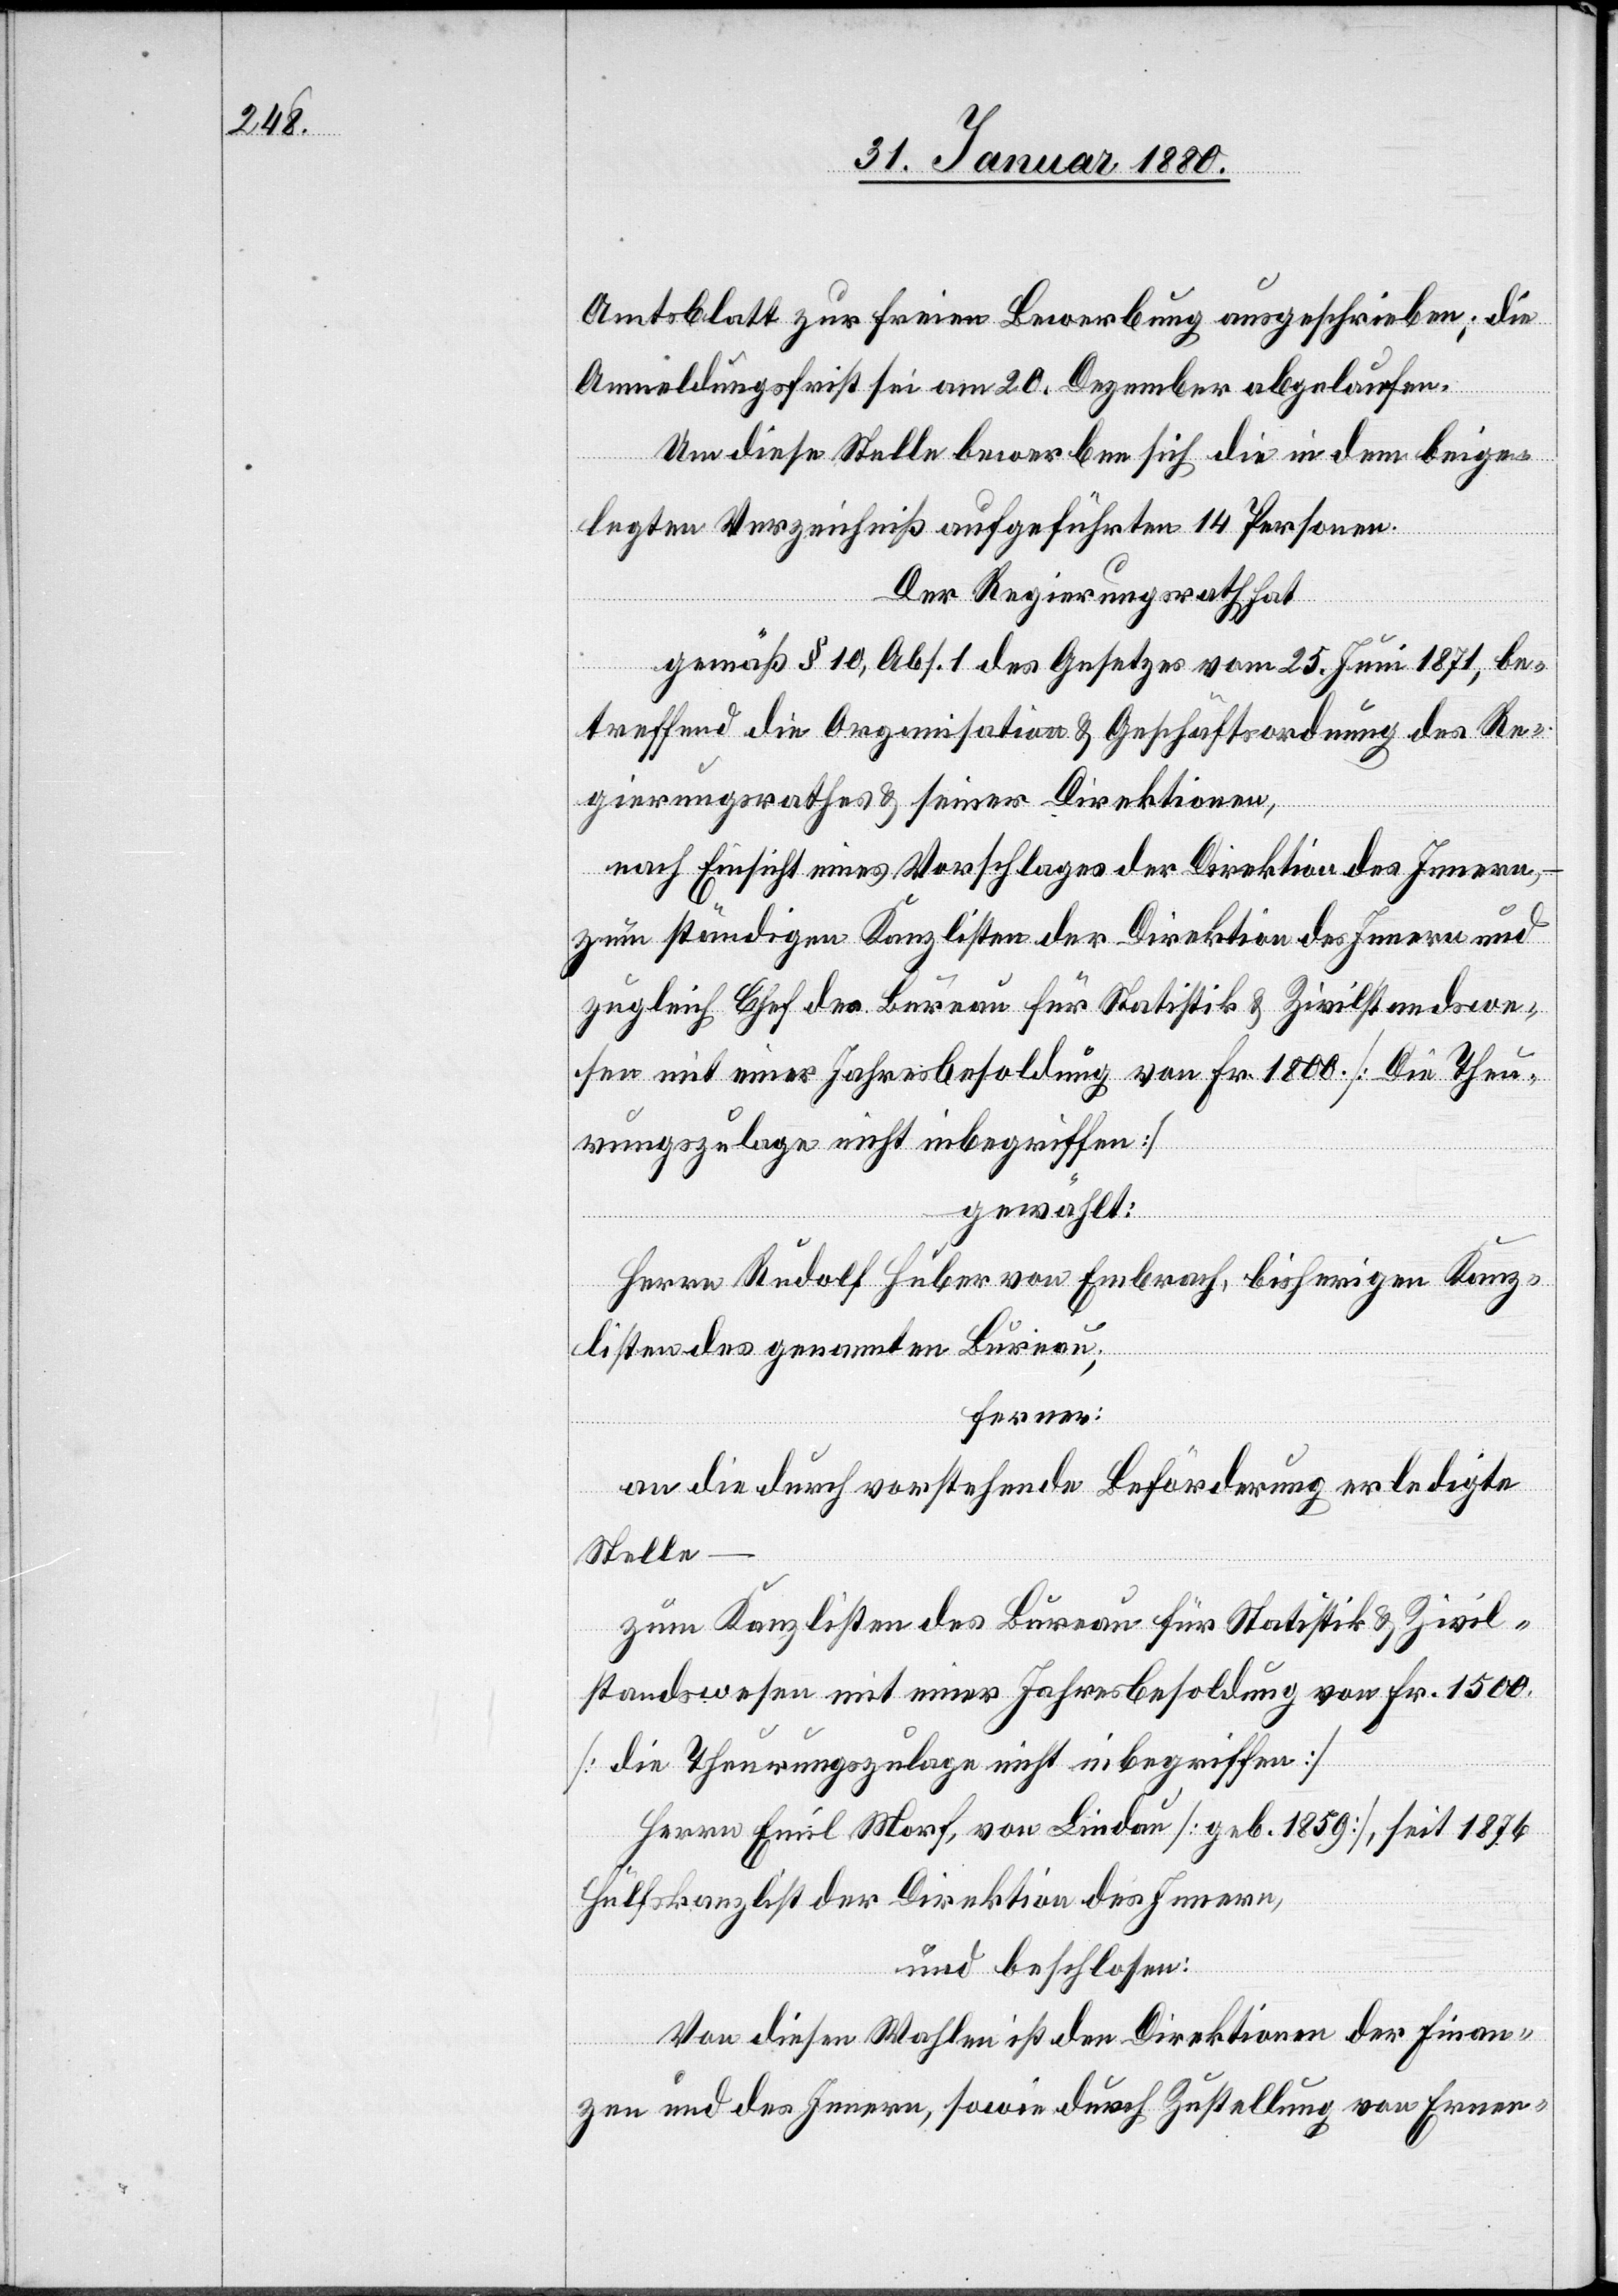
Amtsblatt zur freien Bewerbung ausgeschrieben; die
Anmeldungsrist sei am 20. Dezember abgelaufen.
Um diese Stelle bewerben sich die in dem beige¬
legten Verzeichniß aufgeführten 14 Personen.
Der Regierungsrath hat,
gemäß § 10, Abs. 1 des Gesetzes vom 25. Juni 1871, be¬
treffend die Organisation & Geschäftsordnung des Re¬
gierungsrathes & seiner Direktionen,
nach Einsicht eines Vorschlages der Direktion des Innern,
zum ständigen Kanzlisten der Direktion des Innern und
zugleich Chef des Bureau für Statistik & Zivilstandswe¬
sen mit einer Jahresbesoldung von Fr. 1800. [Die Theu¬
rungszulage nicht inbegriffen]
gewählt:
Herrn Rudolf Huber von Embrach, bisherigen Kanz¬
listen des genannten Bureau,
ferner:
an die durch vorstehende Beförderung erledigte
Stelle
zum Kanzlisten des Bureau für Statistik & Zivil¬
standswesen mit einer Jahresbesoldung von Fr. 1500.
[die Theurungszulage nicht inbegriffen]
Herrm Emil Morf, von Lindau [geb. 1859], seit 1876
Hülfskanzlist der Direktion des Innern,
und beschlossen:
Von diesen Wahlen ist den Direktionen der Finan¬
zen und des Innern, sowie durch Zustellung von Ernen-